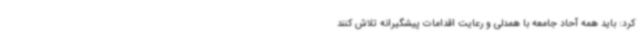
کرد: باید همه آحاد جامعه با همدلی و رعایت اقدامات پیشگیرانه تلاش کنند